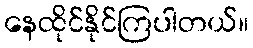
နေထိုင်နိုင်ကြပါတယ်။